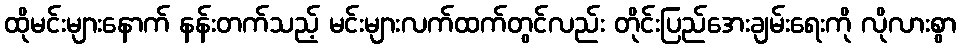
ထိုမင်းများနောက် နန်းတက်သည့် မင်းများလက်ထက်တွင်လည်း တိုင်းပြည်အေးချမ်းရေးကို လိုလားစွာ